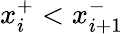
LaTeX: x_{i}^{+}<x_{i+1}^{-}